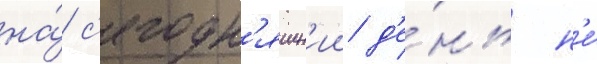
на́ с'егодн'яшн'ии д'е́нь н'е́